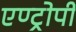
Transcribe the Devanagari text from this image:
एण्ट्रोपी